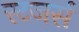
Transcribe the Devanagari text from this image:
रटजर्स